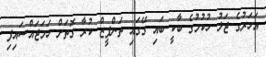
އަހަރުގެ ޖަލު ހުކުމުގެ ބާކީ ބައި ގޭގައި ތަންފީޒް ކުރާ ގޮތަށް ހަމަޖައްސައިފި